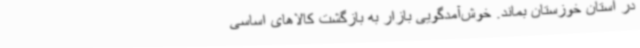
در استان خوزستان بماند. خوش‌آمدگویی بازار به بازگشت کالاهای اساسی